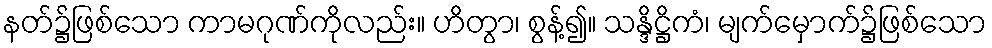
နတ်၌ဖြစ်သော ကာမဂုဏ်ကိုလည်း။ ဟိတွာ၊ စွန့်၍။ သန္ဒိဋ္ဌိကံ၊ မျက်မှောက်၌ဖြစ်သော